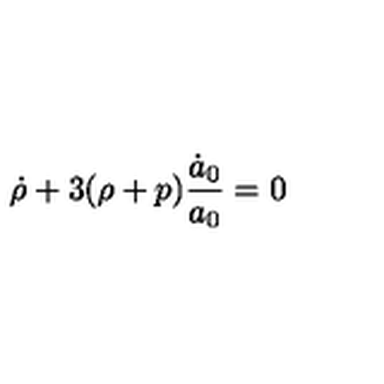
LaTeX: \dot { \rho } + 3 ( \rho + p ) \frac { \dot { a } _ { 0 } } { a _ { 0 } } = 0